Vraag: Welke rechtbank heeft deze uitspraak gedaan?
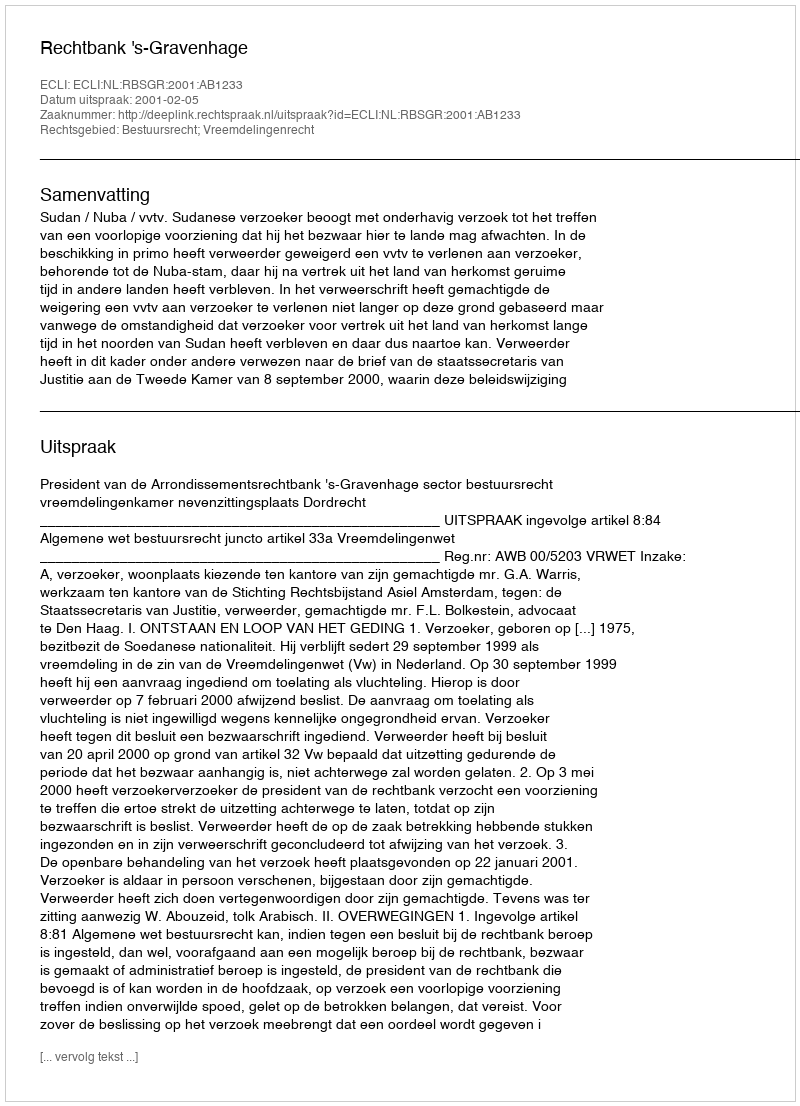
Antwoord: Rechtbank 's-Gravenhage